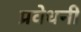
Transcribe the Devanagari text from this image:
प्रवेधनी